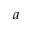
a